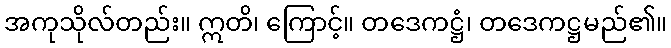
အကုသိုလ်တည်း။ ဣတိ၊ ကြောင့်။ တဒေကဋ္ဌံ၊ တဒေကဋ္ဌမည်၏။